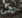
حتى